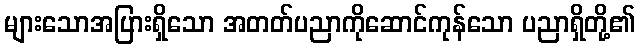
များသောအပြားရှိသော အတတ်ပညာကိုဆောင်ကုန်သော ပညာရှိတို့၏